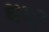
થમી